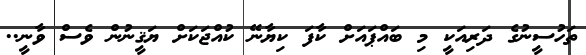
ތަހުސީނުގެ ދަރިއަކީ މި ބައްޕައަށް ކާފަ ކިޔާނޭ ކުއްޖަކަށް ޔަޤީނުން ވެސް ވާނީ..